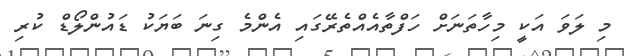
މި ލަވަ އަކީ މިހާތަނަށް ހަފްތާއެއްތެރޭގައި އެންމެ ގިނަ ބަޔަކު ޑައުންލޯޑް ކުރި